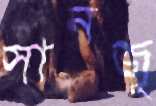
সানজু